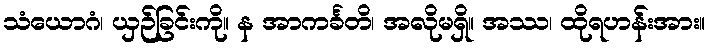
သံယောဂံ၊ ယှဉ်ခြင်းကို။ န အာကင်္ခတိ၊ အလိုမရှိ။ အဿ၊ ထိုရဟန်းအား။